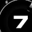
Digit: 7